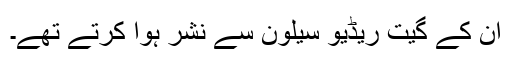
ان کے گیت ریڈیو سیلون سے نشر ہُوا کرتے تھے۔